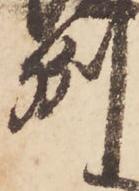
州